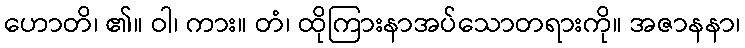
ဟောတိ၊ ၏။ ဝါ၊ ကား။ တံ၊ ထိုကြားနာအပ်သောတရားကို။ အဇာနနာ၊